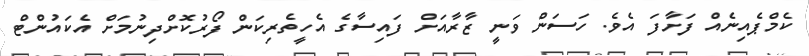
ކެމްޕެއިނެއް ފަށާފަ އެވެ. ހަސަން ވަނީ ޒާރާއަށް ފައިސާގެ އެހީތެރިކަން ފޯރުކޮށްދިނުމަށް އެކައުންޓް